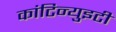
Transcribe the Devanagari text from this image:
कांटिन्युइटी